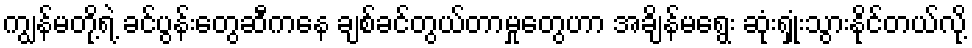
ကျွန်မတို့ရဲ့ ခင်ပွန်းတွေဆီကနေ ချစ်ခင်တွယ်တာမှုတွေဟာ အချိန်မရွေး ဆုံးရှုံးသွားနိုင်တယ်လို့